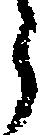
う